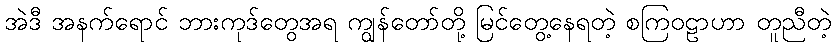
အဲဒီ အနက်ရောင် ဘားကုဒ်တွေအရ ကျွန်တော်တို့ မြင်တွေ့နေရတဲ့ စကြဝဠာဟာ တူညီတဲ့